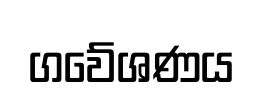
ගවේශණය